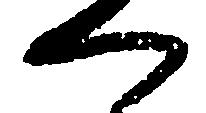
へ